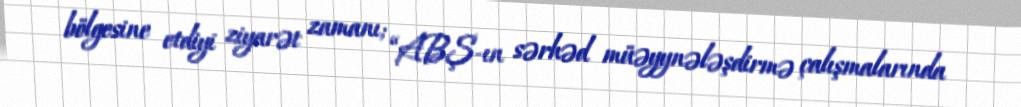
bölgesine etdiyi ziyarət zamanı; “ABŞ-ın sərhəd müəyynələşdirmə çalışmalarında